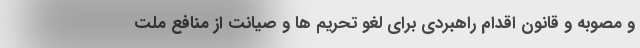
و مصوبه و قانون اقدام راهبردی برای لغو تحریم ها و صیانت از منافع ملت